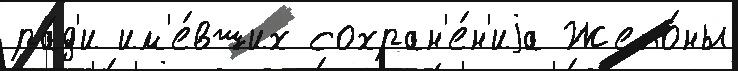
ра́д'и им'е́вших сохран'е́н'иjа Жето́ны